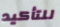
للتأكيد